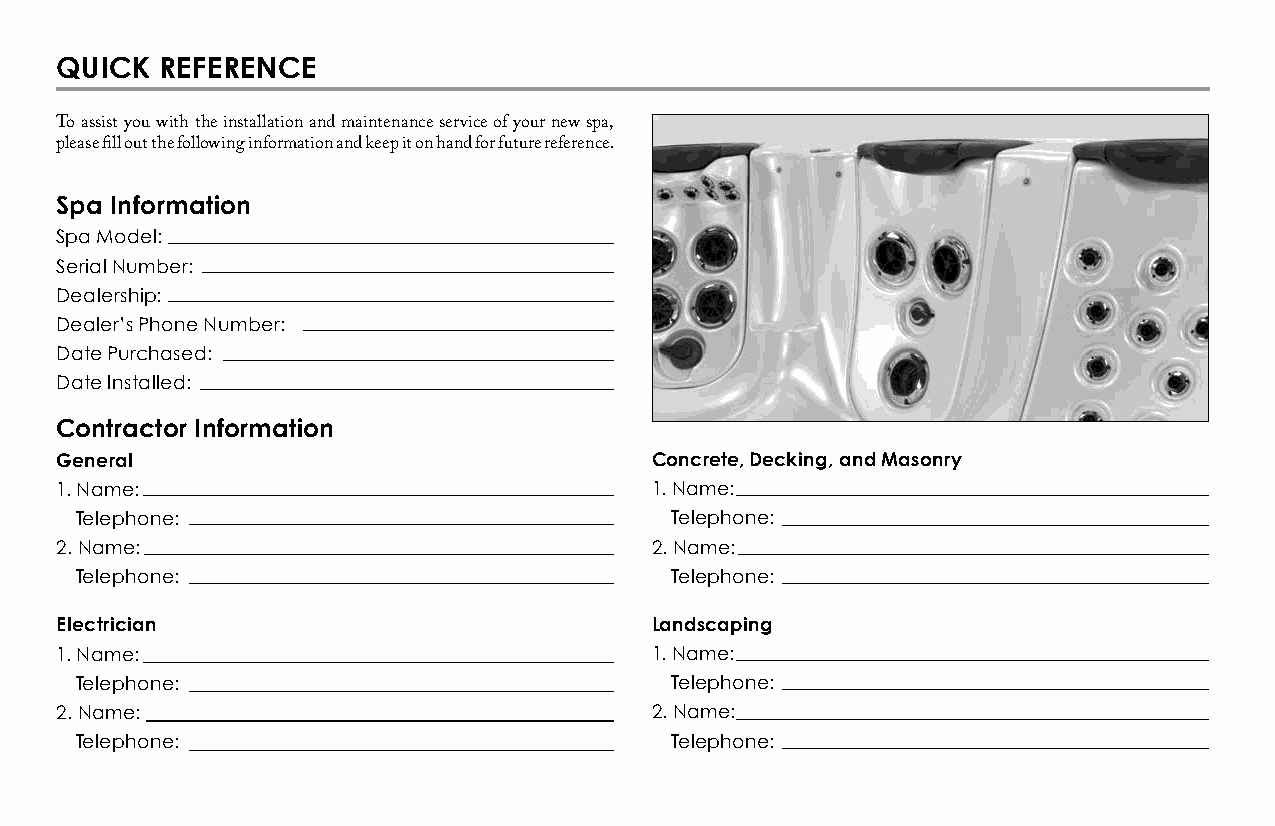
QuICk  rEfErEnCE
 To assist you with the installation and maintenance service of your new spa,
 please fill out the following information and keep it on hand for future reference.
 Spa Information
 Spa Model:
 Serial Number:
 Dealership:
 Dealer’s Phone Number:
 Date Purchased:
 Date Installed:
 Contractor Information
 General                                Concrete, Decking, and Masonry
 1. Name:                               1. Name:
 Telephone:                             Telephone:
 2. Name:                               2. Name:
 Telephone:                             Telephone:
 Electrician                            Landscaping
 1. Name:                               1. Name:
 Telephone:                             Telephone:
 2. Name:                               2. Name:
 Telephone:                             Telephone: